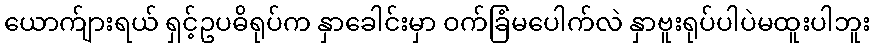
ယောက်ျားရယ် ရှင့်ဥပဓိရုပ်က နှာခေါင်းမှာ ဝက်ခြံမပေါက်လဲ နှာဗူးရုပ်ပါပဲမထူးပါဘူး